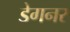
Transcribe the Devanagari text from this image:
डेगनर